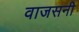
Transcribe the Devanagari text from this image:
वाजसनी